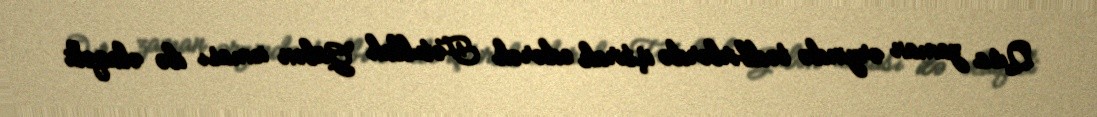
Qısa zaman ərzində tədbirlərdə iştirak edərək Fətullah Gülən icması ilə əlaqəli